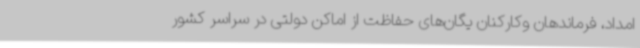
امداد، فرماندهان وکارکنان یگان‌های حفاظت از اماکن دولتی در سراسر کشور